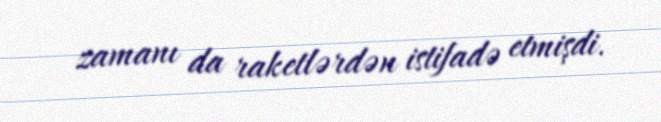
zamanı da raketlərdən istifadə etmişdi.